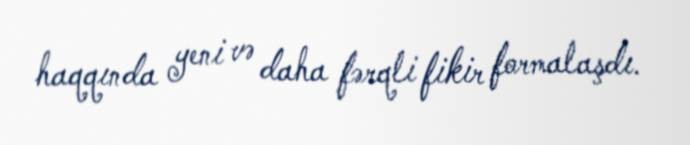
haqqında yeni və daha fərqli fikir formalaşdı.